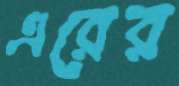
এরের